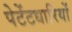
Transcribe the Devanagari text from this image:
पेटेंटधारियों